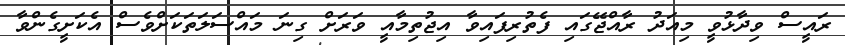
ރައީސް ވިދާޅުވީ މިއަދު ރާއްޖޭގައި ފެތުރިފައިވާ އިޖުތިމާއީ ވަރަށް ގިނަ މައްސަލަތަކަށްވެސް އެކަށީގެންވާ